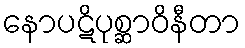
နောပဋိပုစ္ဆာဝိနီတာ